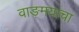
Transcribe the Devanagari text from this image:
वाङ़मयाचा